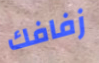
زفافك